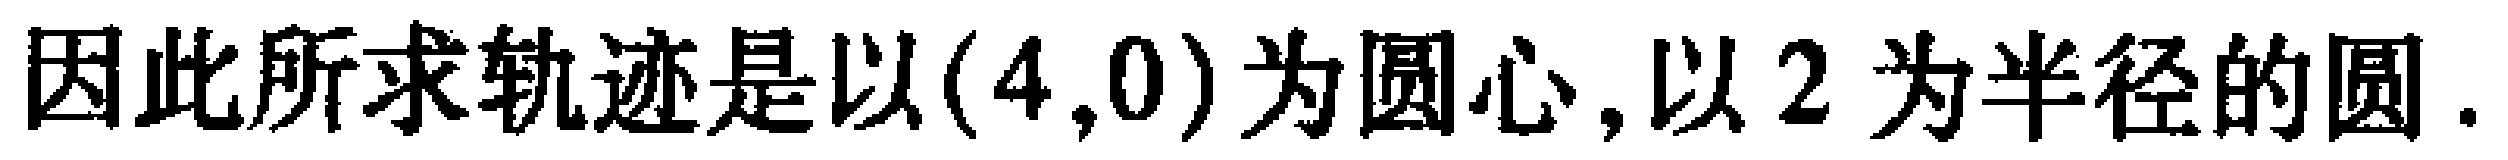
因此所求轨迹是以\((4,0)\)为圆心,以\(2\)为半径的圆.